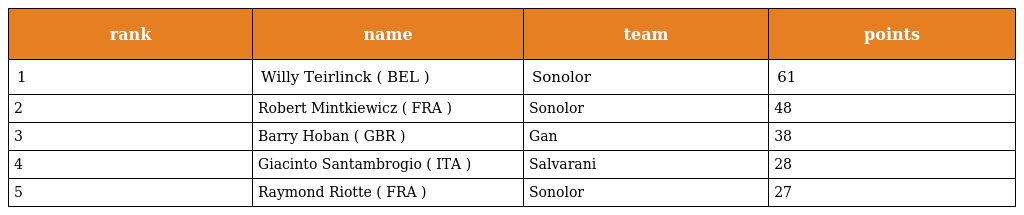
| rank | name | team | points |
 | --- | --- | --- | --- |
 | 1 | Willy Teirlinck ( BEL ) | Sonolor | 61 |
 | 2 | Robert Mintkiewicz ( FRA ) | Sonolor | 48 |
 | 3 | Barry Hoban ( GBR ) | Gan | 38 |
 | 4 | Giacinto Santambrogio ( ITA ) | Salvarani | 28 |
 | 5 | Raymond Riotte ( FRA ) | Sonolor | 27 |